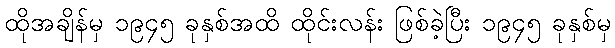
ထိုအချိန်မှ ၁၉၄၅ ခုနှစ်အထိ ထိုင်းလန်း ဖြစ်ခဲ့ပြီး ၁၉၄၅ ခုနှစ်မှ